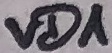
Text: VD1